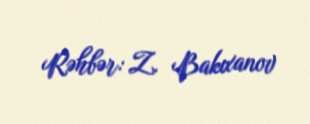
Rəhbər: Z. Bakıxanov